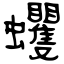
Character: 蠼